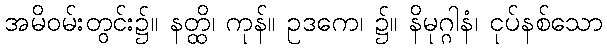
အမိဝမ်းတွင်း၌။ နတ္ထိ၊ ကုန်။ ဥဒကေ၊ ၌။ နိမုဂ္ဂါနံ၊ ငုပ်နစ်သော